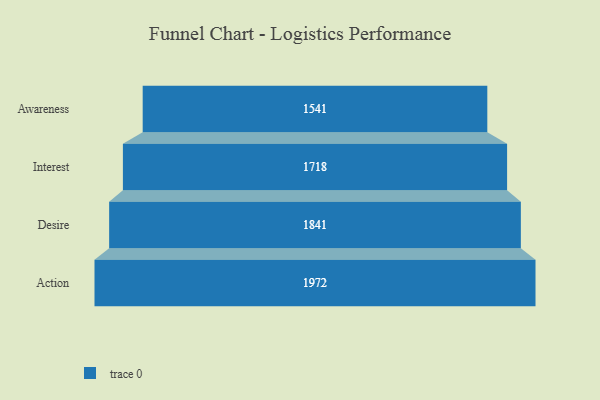
{"axis": {"x": "Stage", "y": "Value"}, "legend": [""], "data": [{"x": "Awareness", "y": 1541.0, "type": ""}, {"x": "Interest", "y": 1718.0, "type": ""}, {"x": "Desire", "y": 1841.0, "type": ""}, {"x": "Action", "y": 1972.0, "type": ""}]}